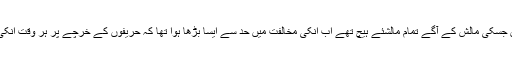
انکا ایک سابقہ بے وفا مالشیا ماضی میں جسکی مالش کے آگے تمام مالشئے ہیچ تھے اب انکی مخالفت میں حد سے ایسا بڑھا ہوا تھا کہ حریفوں کے خرچے پر ہر وقت انکی خارش کے مرض کو ہوا ہی دیتا رہتا ۔